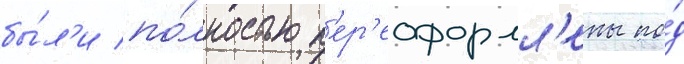
бы́л'и по́лностью п'ер'еоформл'ены по́д